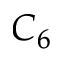
C _ { 6 }